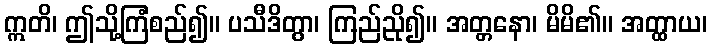
ဣတိ၊ ဤသို့ကြံစည်၍။ ပသီဒိတွာ၊ ကြည်ညို၍။ အတ္တနော၊ မိမိ၏။ အတ္ထာယ၊